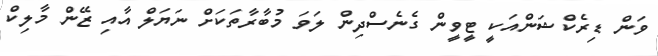
ވަން ޑިރެކްޝަންއަކީ ޓީވީން ގެނެސްދިން ލަވަ މުބާރާތަކަށް ނަޔަލް އާއި ޒޭން މާލިކް